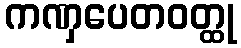
ကဏှပေတဝတ္ထု